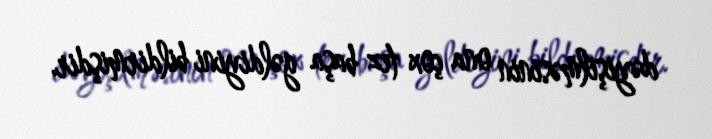
dəyişilməsinin ona çox tez başa gəldiyini bildirmişdir.